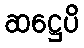
ဆဋ္ဌေပိ